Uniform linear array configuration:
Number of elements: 48
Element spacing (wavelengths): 1
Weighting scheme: uniform
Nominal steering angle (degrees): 0
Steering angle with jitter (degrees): -0.2935
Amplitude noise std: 0.05
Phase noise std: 0.05

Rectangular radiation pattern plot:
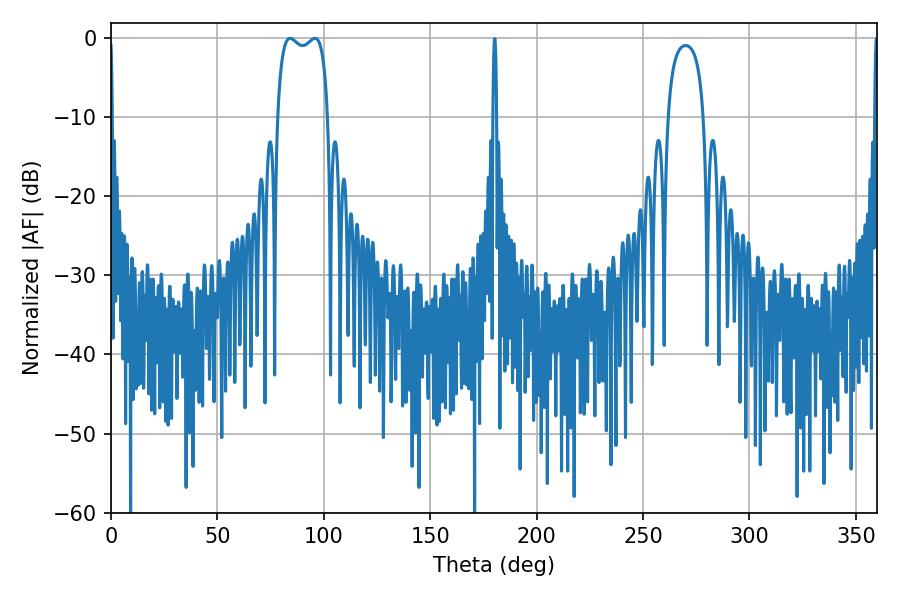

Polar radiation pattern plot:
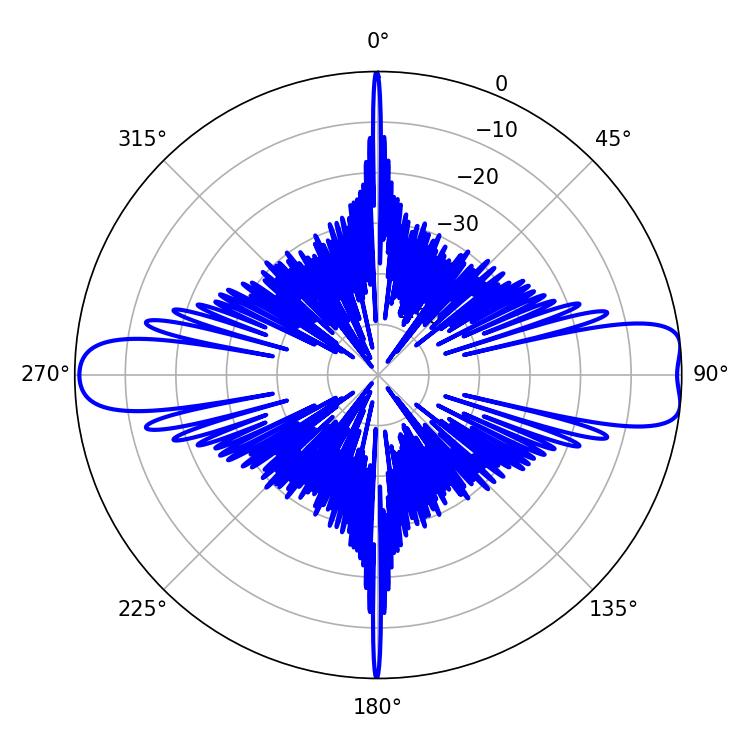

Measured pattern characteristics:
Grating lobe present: TRUE
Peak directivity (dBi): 11.13
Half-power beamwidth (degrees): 19.44
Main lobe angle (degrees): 84.06